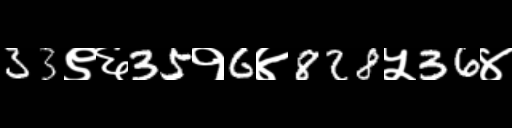
Text: 33९६35१6४828५36४